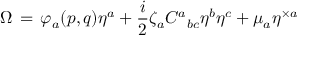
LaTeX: \Omega \, = \, \varphi _ { a } ( p , q ) \eta ^ { a } + \frac { i } { 2 } \zeta _ { a } C ^ { a } { } _ { b c } \eta ^ { b } \eta ^ { c } + \mu _ { a } \eta ^ { \times a }